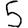
Digit: 5